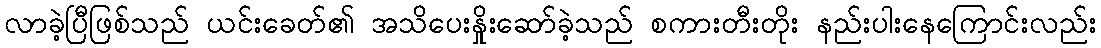
လာခဲ့ပြီဖြစ်သည် ယင်းခေတ်၏ အသိပေးနှိုးဆော်ခဲ့သည် စကားတီးတိုး နည်းပါးနေကြောင်းလည်း